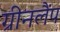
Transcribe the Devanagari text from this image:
ग्रीनलैंप